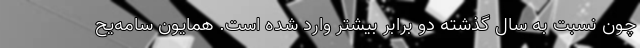
چون نسبت به سال گذشته دو برابر بیشتر وارد شده است. همایون سامه‌یح